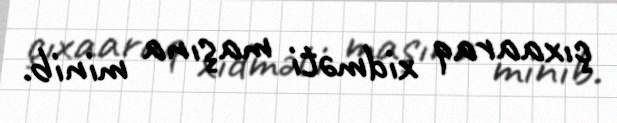
çıxaaraq xidməti maşına minib.